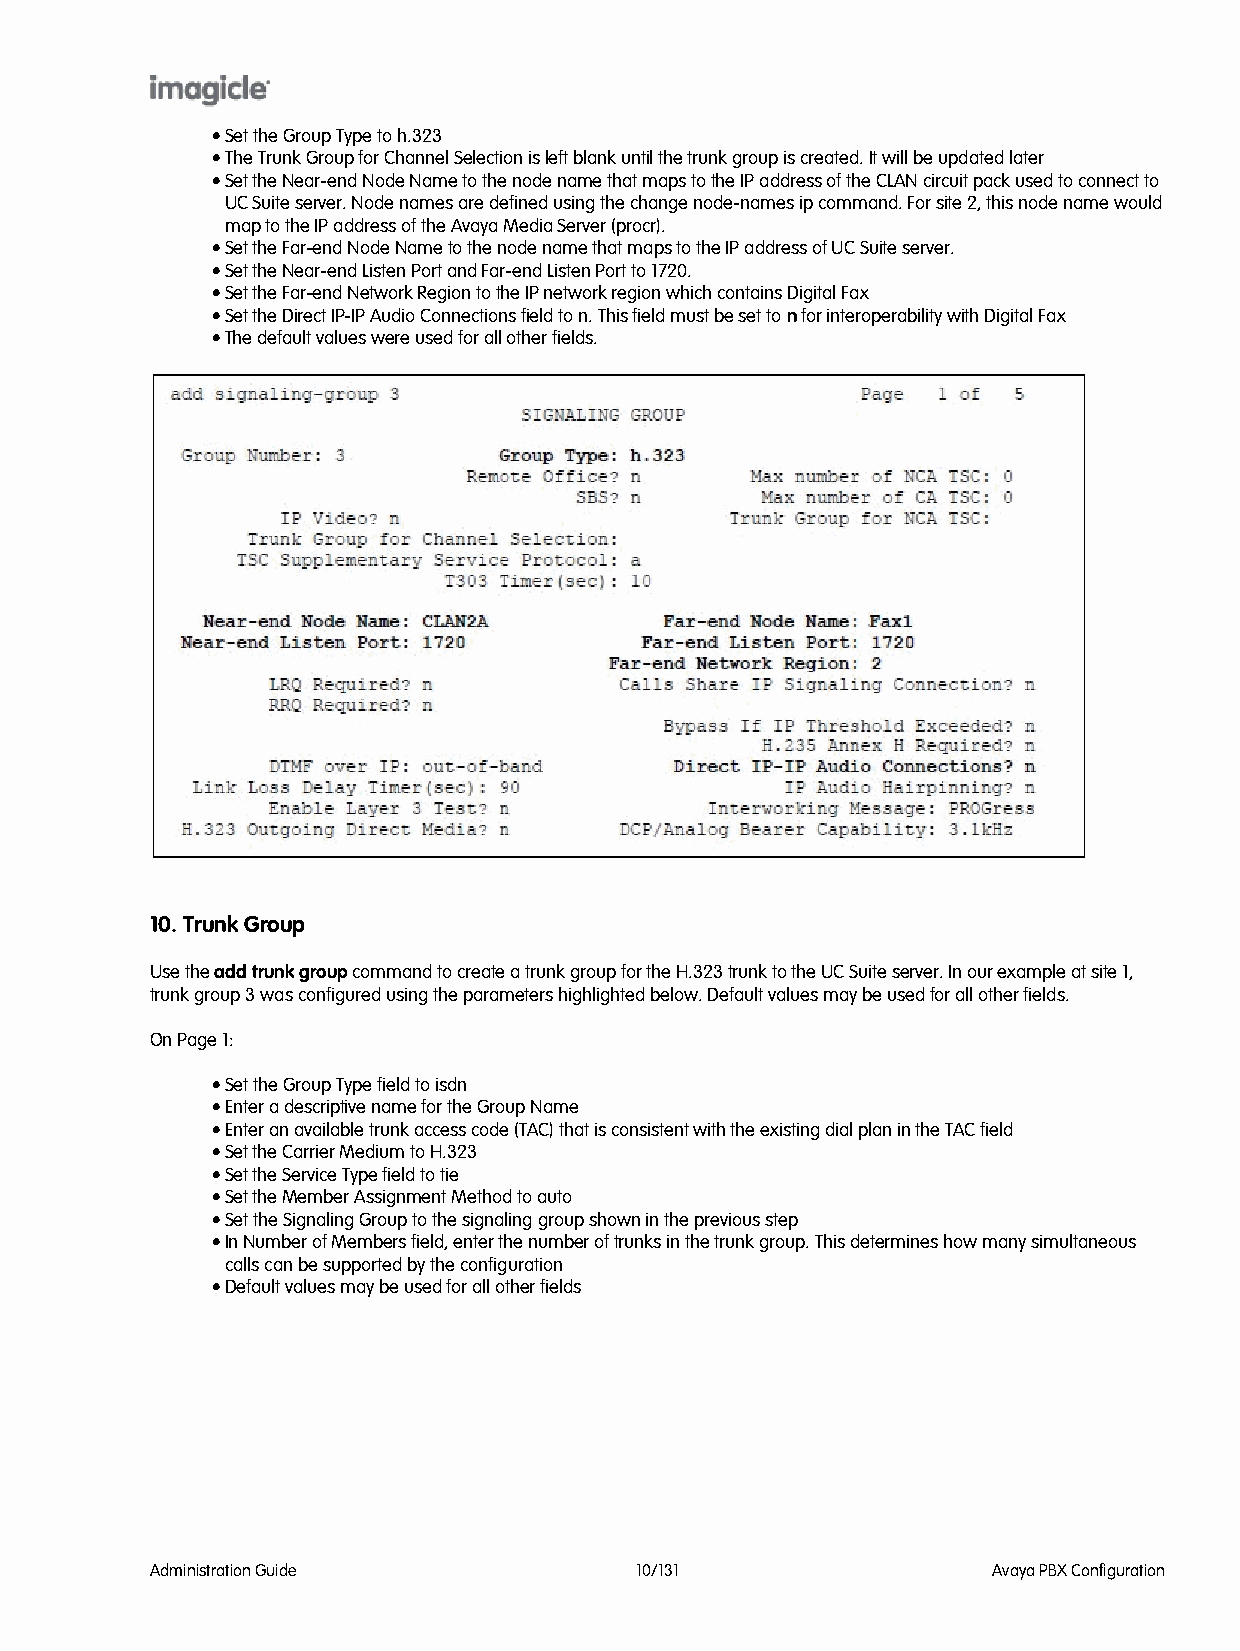
• Set the Group Type to h.323
 • The Trunk Group for Channel Selection is left blank until the trunk group is created. It will be updated later
 • Set the Near-end Node Name to the node name that maps to the IP address of the CLAN circuit pack used to connect to
 UC Suite server. Node names are defined using the change node-names ip command. For site 2, this node name would
 map to the IP address of the Avaya Media Server (procr).
 • Set the Far-end Node Name to the node name that maps to the IP address of UC Suite server.
 • Set the Near-end Listen Port and Far-end Listen Port to 1720.
 • Set the Far-end Network Region to the IP network region which contains Digital Fax
 • Set the Direct IP-IP Audio Connections field to n. This field must be set to n for interoperability with Digital Fax
 • The default values were used for all other fields.
 10. Trunk Group
 Use the add trunk group command to create a trunk group for the H.323 trunk to the UC Suite server. In our example at site 1,
 trunk group 3 was configured using the parameters highlighted below. Default values may be used for all other fields.
 On Page 1:
 • Set the Group Type field to isdn
 • Enter a descriptive name for the Group Name
 • Enter an available trunk access code (TAC) that is consistent with the existing dial plan in the TAC field
 • Set the Carrier Medium to H.323
 • Set the Service Type field to tie
 • Set the Member Assignment Method to auto
 • Set the Signaling Group to the signaling group shown in the previous step
 • In Number of Members field, enter the number of trunks in the trunk group. This determines how many simultaneous
 calls can be supported by the configuration
 • Default values may be used for all other fields
 Administration Guide            10/131                  Avaya PBX Configuration